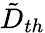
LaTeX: \tilde{D}_{th}